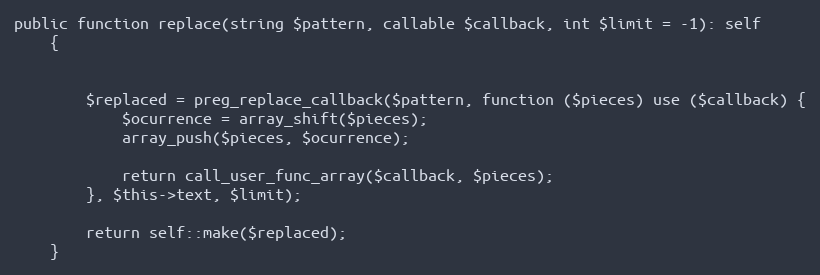
Language: PHP
public function replace(string $pattern, callable $callback, int $limit = -1): self
    {

        $replaced = preg_replace_callback($pattern, function ($pieces) use ($callback) {
            $ocurrence = array_shift($pieces);
            array_push($pieces, $ocurrence);

            return call_user_func_array($callback, $pieces);
        }, $this->text, $limit);

        return self::make($replaced);
    }